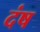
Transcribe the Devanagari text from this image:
दंष